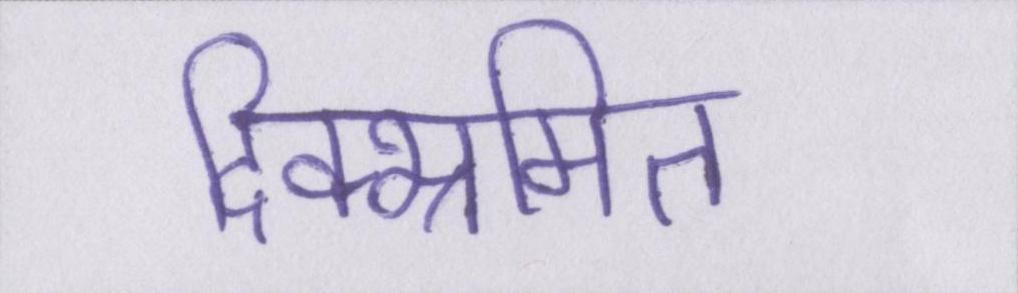
दिक्भ्रमित